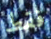
فقط